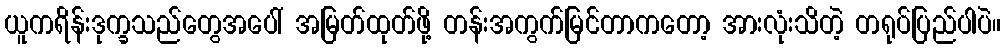
ယူကရိန်းဒုက္ခသည်တွေအပေါ် အမြတ်ထုတ်ဖို့ တန်းအကွက်မြင်တာကတော့ အားလုံးသိတဲ့ တရုပ်ပြည်ပါပဲ။